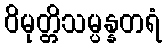
ဝိမုတ္တိသမ္ပန္နတရံ